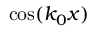
\cos ( k _ { 0 } x )